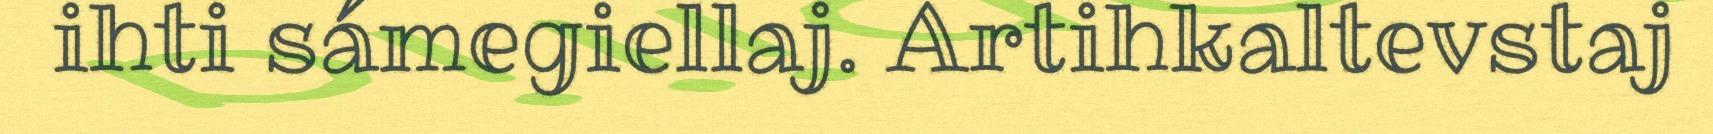
ihti sámegiellaj. Artihkaltevstaj